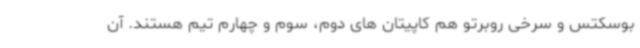
بوسکتس و سرخی روبرتو هم کاپیتان های دوم، سوم و چهارم تیم هستند. آن